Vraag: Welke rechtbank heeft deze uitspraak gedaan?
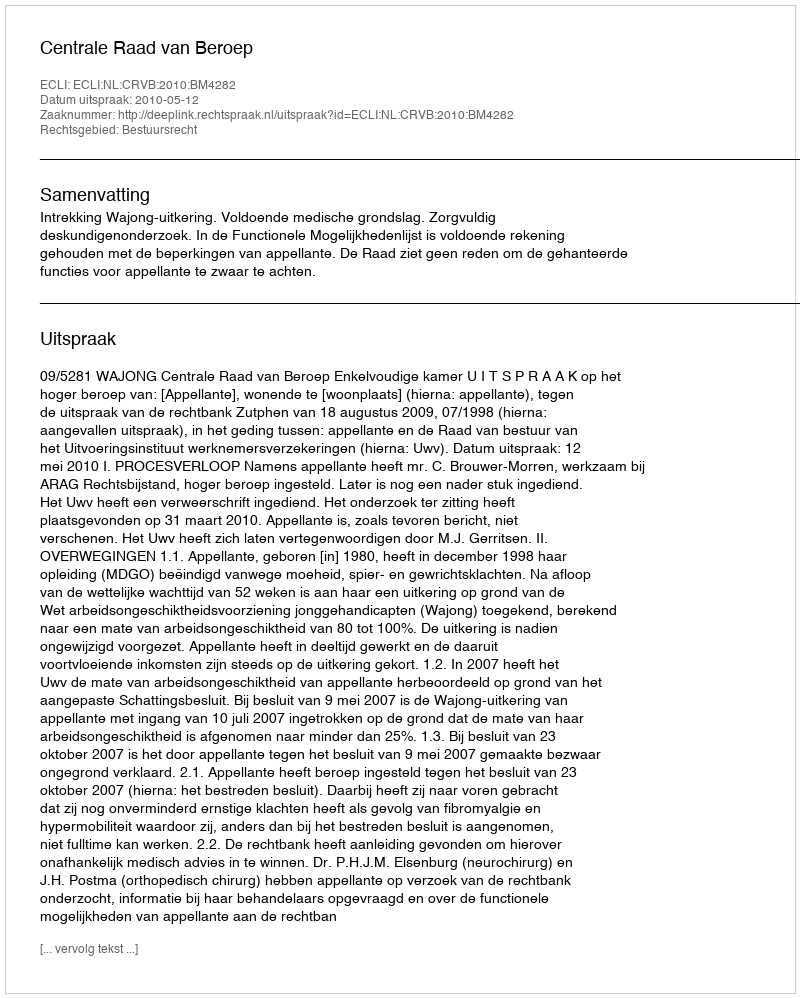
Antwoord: Centrale Raad van Beroep